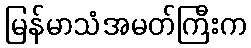
မြန်မာသံအမတ်ကြီးက